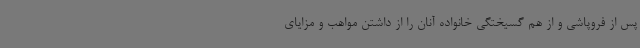
پس از فروپاشی و از هم گسیختگی خانواده آنان را از داشتن مواهب و مزایای